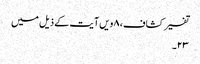
تفسیر کشاف، ۸ویں آیت کے ذیل میں
۲۳۔